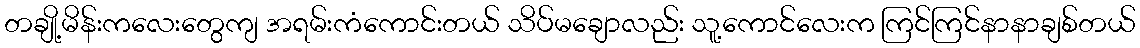
တချို့မိန်းကလေးတွေကျ အရမ်းကံကောင်းတယ် သိပ်မချောလည်း သူ့ကောင်လေးက ကြင်ကြင်နာနာချစ်တယ်